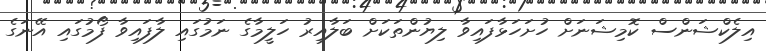
އިލެކްޝަންސް ކޮމިޝަނަށް ހުށަހަޅާފައިވާ ލިޔުންތަކަށް ބަލާއިރު ހަލީމާގެ ނަމުގައި ލާފައިވާ ފޯމުގައި އޭނަގެ